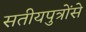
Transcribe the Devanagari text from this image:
सतीयपुत्रोंसे